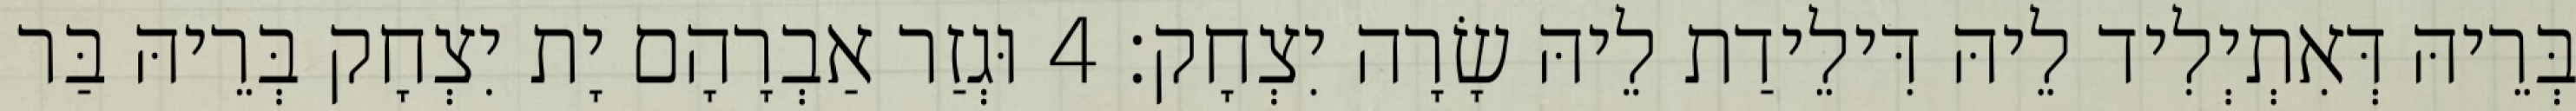
בְּרֵיהּ דְּאִתְיְלִיד לֵיהּ דִּילֵידַת לֵיהּ שָׂרָה יִצְחָק׃ 4 וּגְזַר אַבְרָהָם יָת יִצְחָק בְּרֵיהּ בַּר